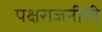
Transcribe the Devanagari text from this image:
पक्षराजनीती